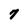
Character: 7